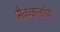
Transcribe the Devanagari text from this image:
मैककलॉफ